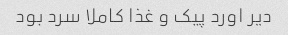
دیر اورد پیک و غذا کاملا سرد بود